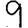
Digit: 9